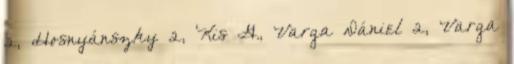
2, Hosnyánszky 2, Kis G., Varga Dániel 2, Varga